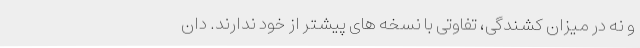
و نه در میزان کشندگی، تفاوتی با نسخه های پیشتر از خود ندارند. دان